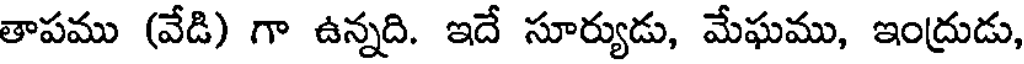
తాపము (వేడి) గా ఉన్నది. ఇదే సూర్యుడు, మేఘము, ఇంద్రుడు,